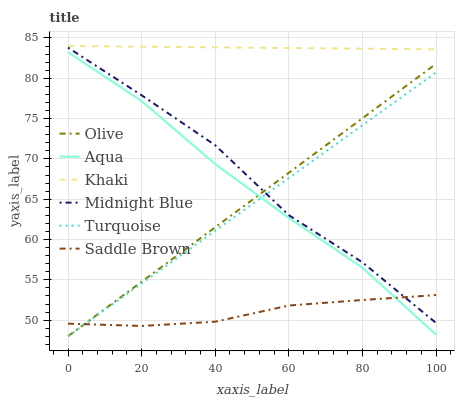
| xaxis_label | Olive | Aqua | Khaki | Midnight Blue | Turquoise | Saddle Brown |
 | --- | --- | --- | --- | --- | --- | --- |
 | 0 | 48 | 83.2 | 84 | 83.8 | 48 | 49.6 |
 | 20 | 54.8 | 77.2 | 83.9 | 77.9 | 54.5 | 49.3 |
 | 40 | 61.5 | 69.4 | 83.8 | 71.7 | 61.1 | 49.8 |
 | 60 | 68.3 | 62.7 | 83.8 | 63 | 67.6 | 51.8 |
 | 80 | 75 | 56.5 | 83.7 | 57.2 | 74.2 | 52.5 |
 | 100 | 81.8 | 48.2 | 83.6 | 49.6 | 80.7 | 53.1 |